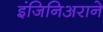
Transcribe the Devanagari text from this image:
इंजिनिअराने